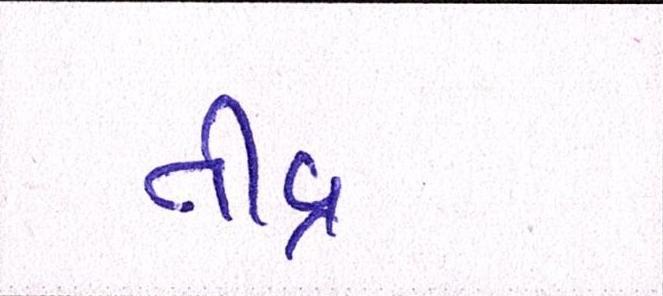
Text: તીવ્ર